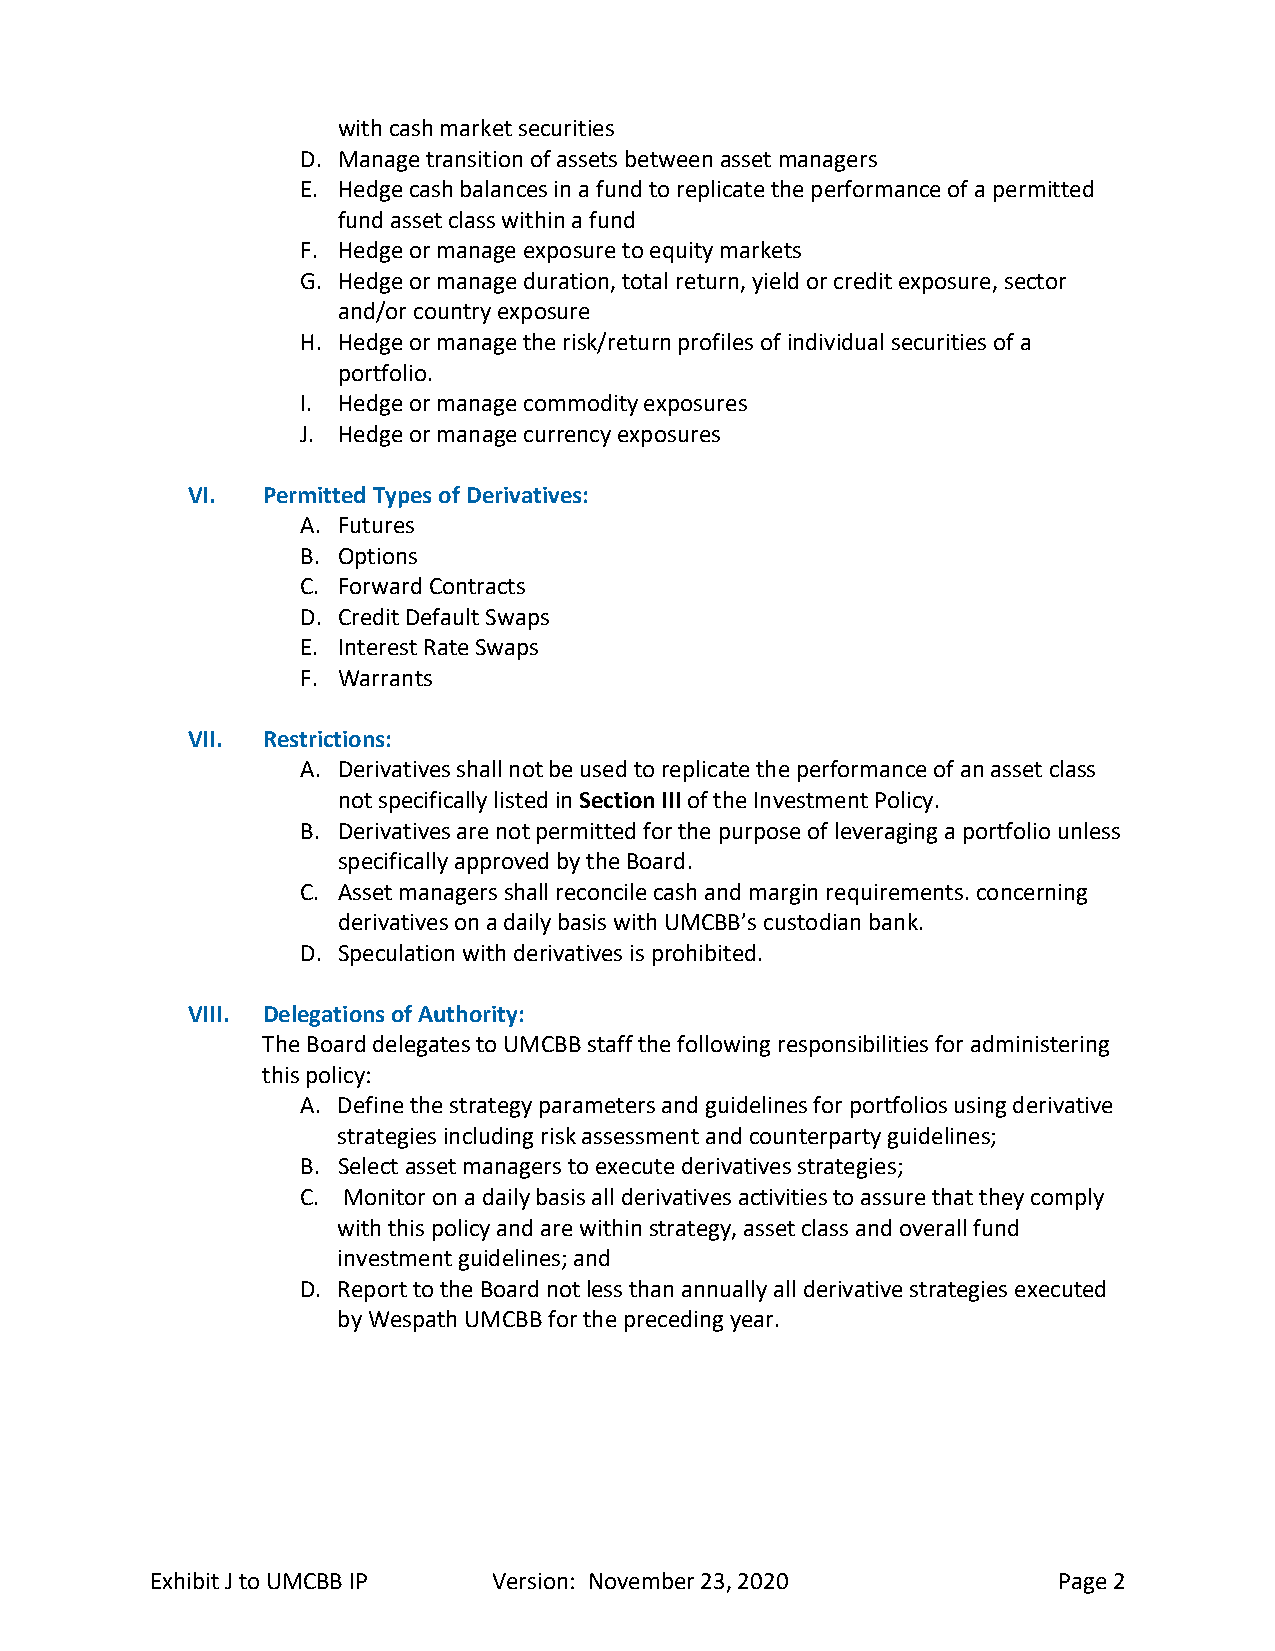
with cash market securities
 D. Manage transition of assets between asset managers
 E. Hedge cash balances in a fund to replicate the performance of a permitted
 fund asset class within a fund
 F. Hedge or manage exposure to equity markets
 G. Hedge or manage duration, total return, yield or credit exposure, sector
 and/or country exposure
 H. Hedge or manage the risk/return profiles of individual securities of a
 portfolio.
 I. Hedge or manage commodity exposures
 J. Hedge or manage currency exposures
 VI.  Permitted Types of Derivatives:
 A. Futures
 B. Options
 C. Forward Contracts
 D. Credit Default Swaps
 E. Interest Rate Swaps
 F. Warrants
 VII. Restrictions:
 A. Derivatives shall not be used to replicate the performance of an asset class
 not specifically listed in Section III of the Investment Policy.
 B. Derivatives are not permitted for the purpose of leveraging a portfolio unless
 specifically approved by the Board.
 C. Asset managers shall reconcile cash and margin requirements. concerning
 derivatives on a daily basis with UMCBB’s custodian bank.
 D. Speculation with derivatives is prohibited.
 VIII. Delegations of Authority:
 The Board delegates to UMCBB staff the following responsibilities for administering
 this policy:
 A. Define the strategy parameters and guidelines for portfolios using derivative
 strategies including risk assessment and counterparty guidelines;
 B. Select asset managers to execute derivatives strategies;
 C. Monitor on a daily basis all derivatives activities to assure that they comply
 with this policy and are within strategy, asset class and overall fund
 investment guidelines; and
 D. Report to the Board not less than annually all derivative strategies executed
 by Wespath UMCBB for the preceding year.
 Exhibit J to UMCBB IP  Version: November 23, 2020           Page 2